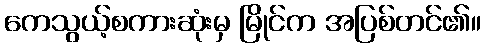
ကေသွယ့်စကားဆုံးမှ မြိုင်က အပြစ်တင်၏။